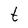
Character: t